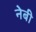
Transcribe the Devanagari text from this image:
नेबी